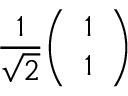
{ \frac { 1 } { \sqrt { 2 } } } { \left( \begin{array} { l } { 1 } \\ { 1 } \end{array} \right) }